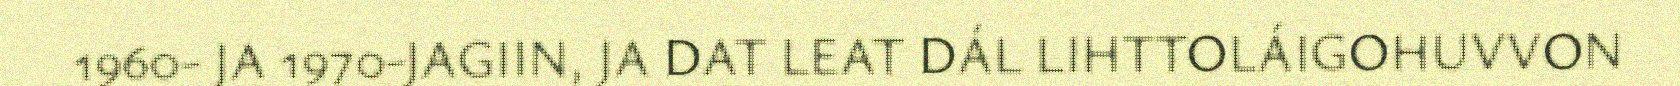
1960- JA 1970-JAGIIN, JA DAT LEAT DÁL LIHTTOLÁIGOHUVVON